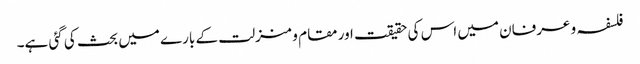
فلسفہ و عرفان میں اس کی حقیقت اور مقام و منزلت کے بارے میں بحث کی گئی ہے۔